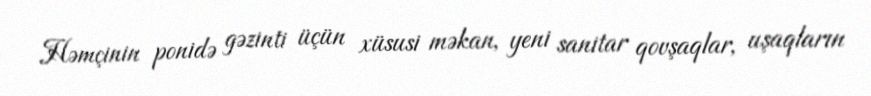
Həmçinin ponidə gəzinti üçün xüsusi məkan, yeni sanitar qovşaqlar, uşaqların